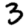
Digit: 3